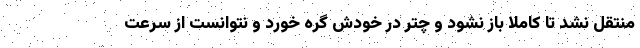
منتقل نشد تا کاملاً باز نشود و چتر در خودش گره خورد و نتوانست از سرعت